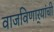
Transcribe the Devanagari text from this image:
वाजविणार्‍यांची